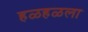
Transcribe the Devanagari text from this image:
हळहळला